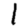
Digit: 1